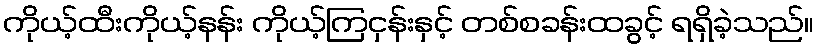
ကိုယ့်ထီးကိုယ့်နန်း ကိုယ့်ကြငှန်းနှင့် တစ်စခန်းထခွင့် ရရှိခဲ့သည်။